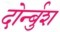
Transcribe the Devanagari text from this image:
दोर्न्बुश